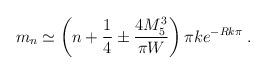
LaTeX: \begin{align*}m_n \simeq \left(n + \frac{1}{4} \pm \frac{4 M_{5}^{3}}{\pi W}\right) \pi k e^{-Rk\pi }\; .\end{align*}